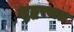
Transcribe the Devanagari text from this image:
शुद्धरजत